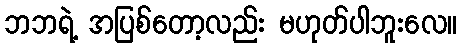
ဘဘရဲ့ အပြစ်တော့လည်း မဟုတ်ပါဘူးလေ။